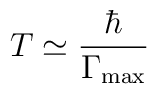
T\simeq \frac \hbar {\Gamma _{\max }}